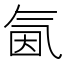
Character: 氤